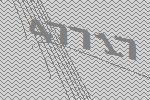
47717